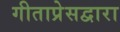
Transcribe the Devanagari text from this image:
गीताप्रेसद्वारा